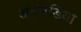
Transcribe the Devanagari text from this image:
अल्मेडिया